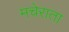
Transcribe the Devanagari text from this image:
मचेराता